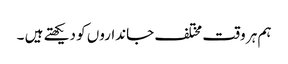
ہم ہر وقت مختلف جانداروں کو دیکھتے ہیں ۔